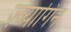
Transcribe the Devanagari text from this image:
ज़्व्यागिन